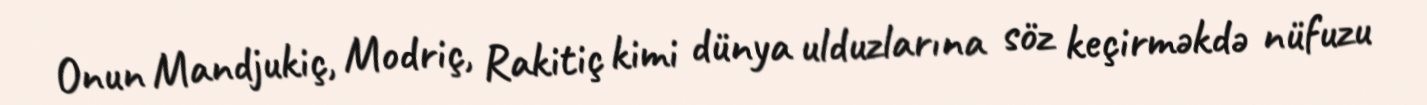
Onun Mandjukiç, Modriç, Rakitiç kimi dünya ulduzlarına söz keçirməkdə nüfuzu